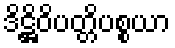
ဒိဋ္ဌိဝိပတ္တိပစ္စယာ